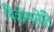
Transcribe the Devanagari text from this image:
चित्रोत्पलेति